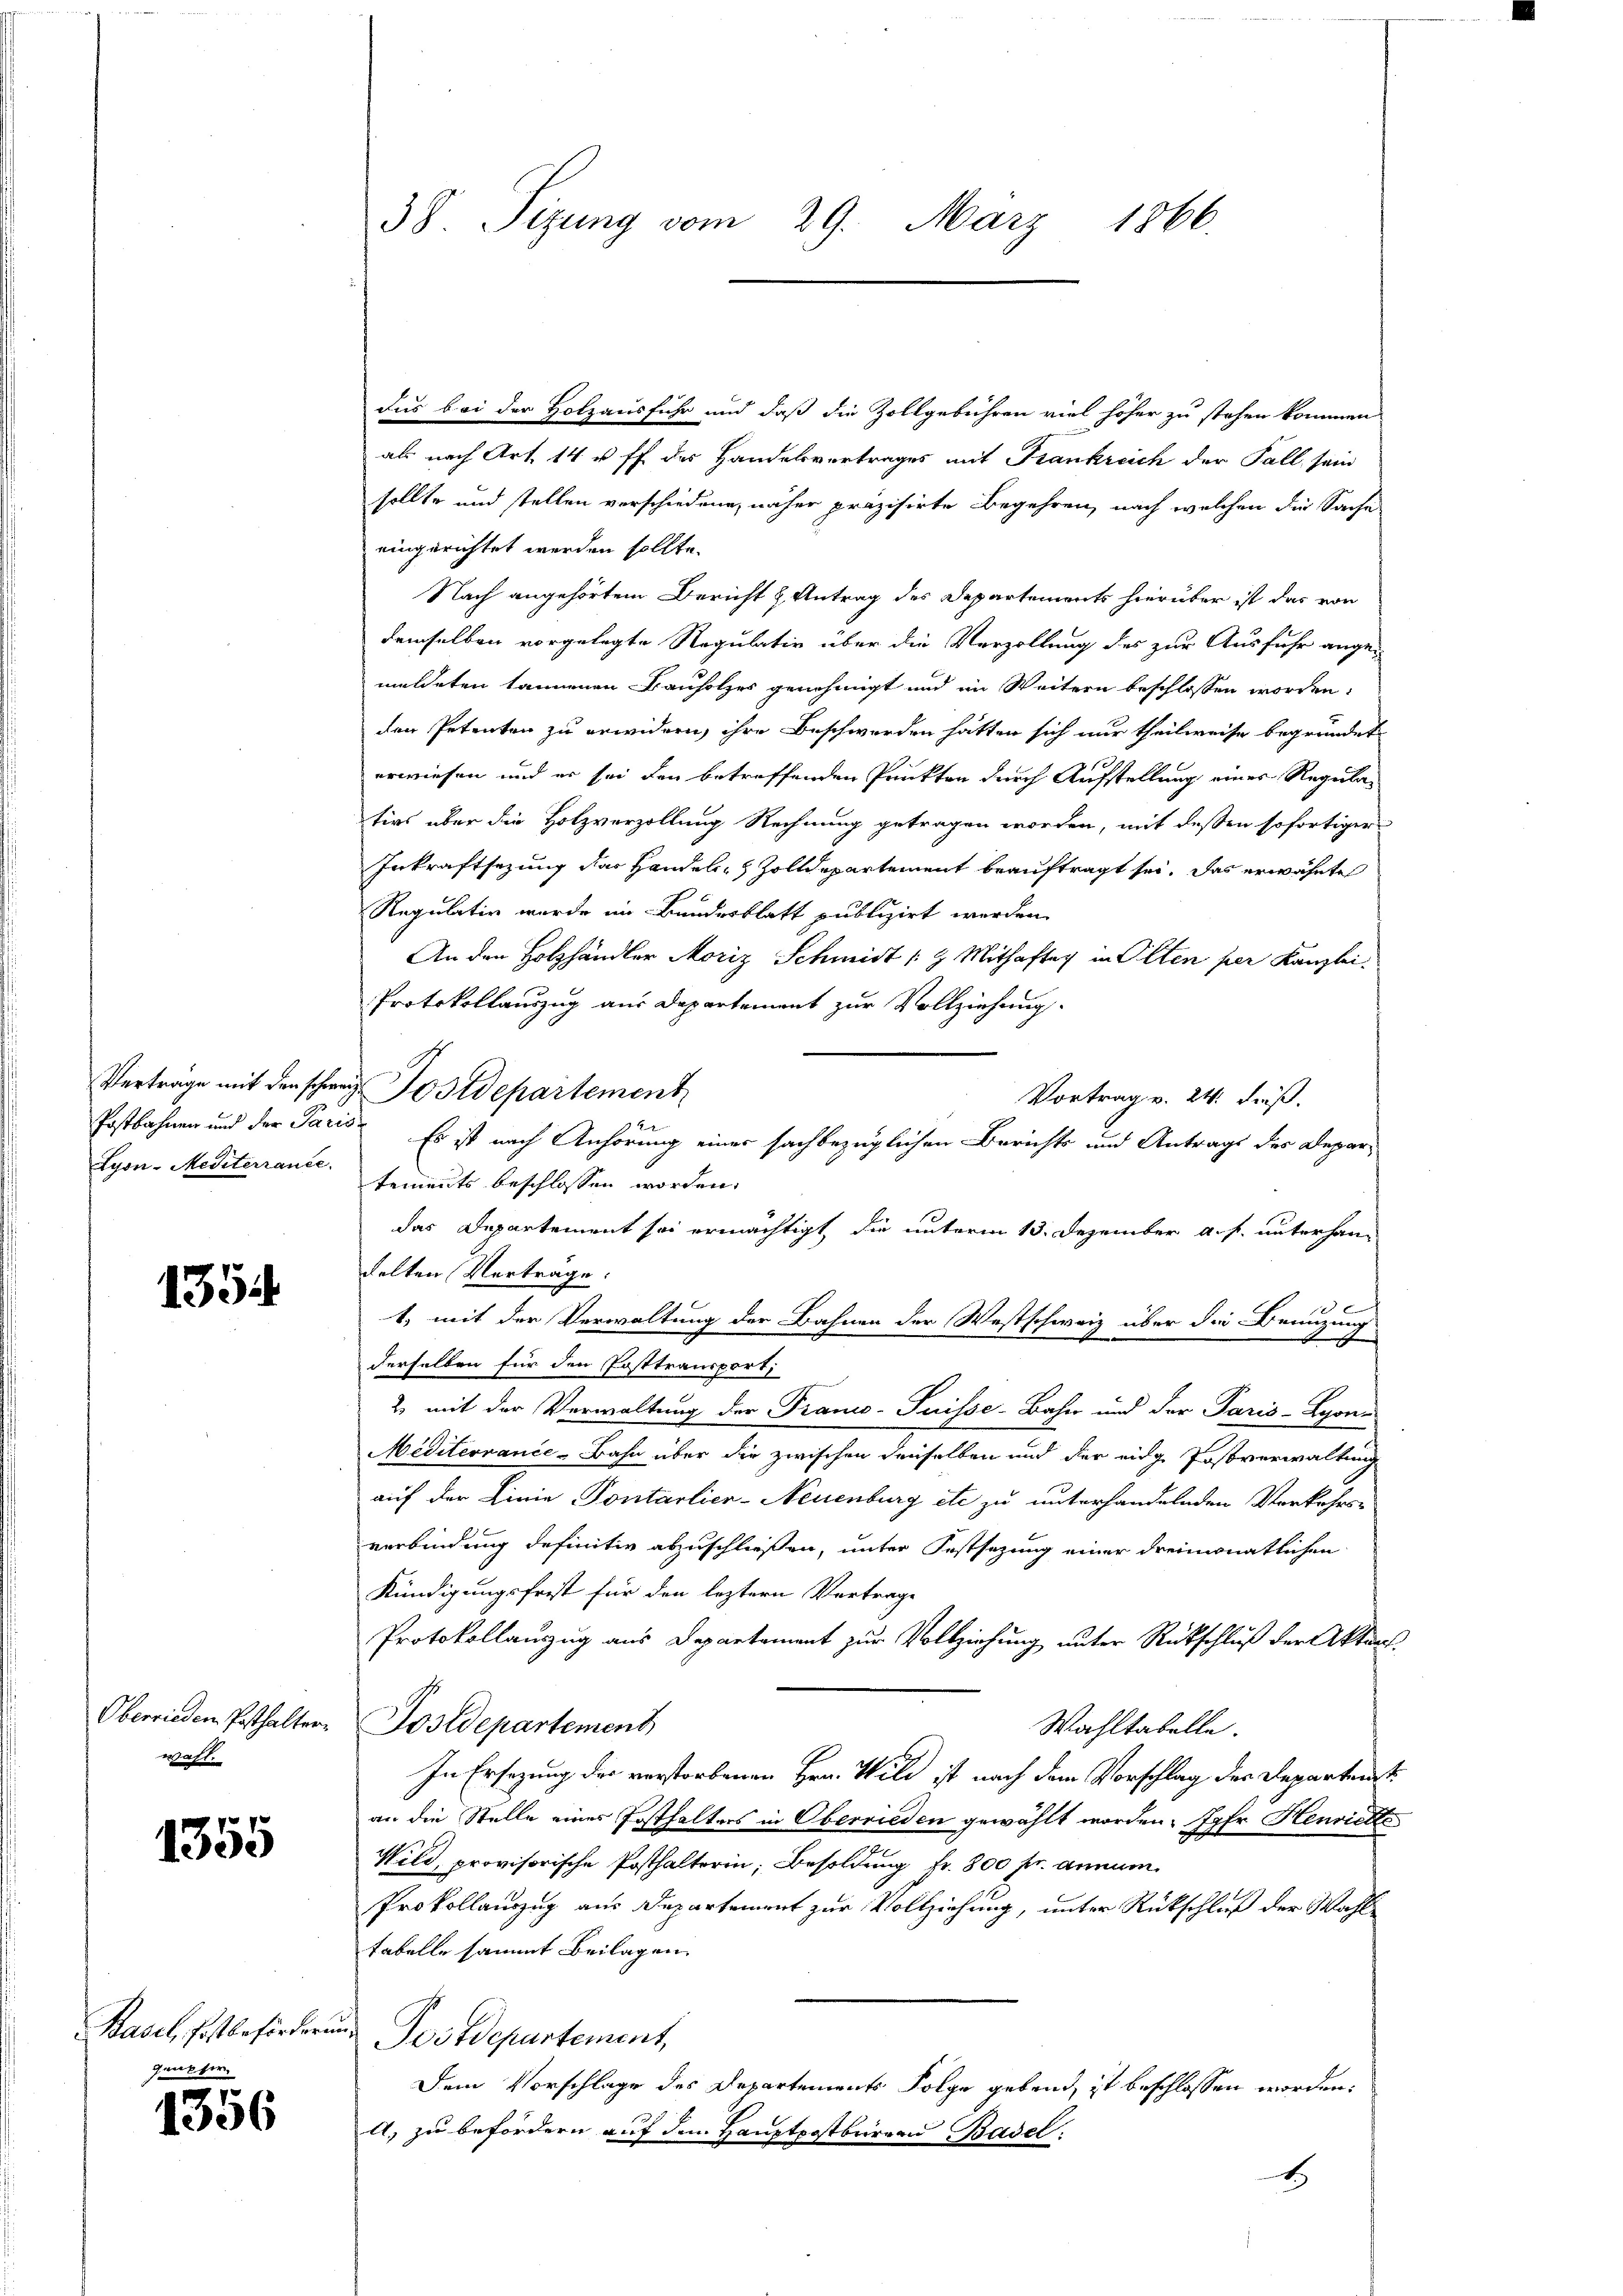
Vertrage mit den schweiz.
Postbahnen und der Paris
Lyon-Mediterrante

1354

Oberrieden Posthalterwahl.

1355

Basel, Post befördern
gunster

1356

38 Sizung vom 29. März 1866.

dus bei der Holzausführ und daß die Zollgebühren viel höher zu stehen kommen
als nach Art. 14 u. ff des Handelsvertrages mit Frankreich der Fall sein
sollte und stellen verschiedene, näher präzisirte Begehren, nach welchen die Sache
eingerichtet werden sollte.
Nach angehörtem Bericht & Antrag des Departements hierüber ist das von
demselben vorgelegte Regulativ über die Verzollung des zur Ausfuhr ange-
meldeten könnenen Bauholzes genehmigt und im Weitern beschlossen worden:
den Petenten zu erwidern, ihre Beschwerden hätten sich nur theilweise begründet
erwiesen und er sei den betreffenden Punkten durch Aufstellung einer Regula
tirs über die Holzverzollung Rechnung getragen worden, mit dessen sofortiger
Inkraftsezung das Handel, Zolldepartement beauftragt sei. Das erwähnte
Regulativ wurde im Bundesblatt publizirt werden.
An den Holzhändler Moriz Schmidt / 9 Mithaftag in Olten per Kanzlei
Protokollauszug aus Departement zur Vollziehung.
Tostdepartement
Vortrag v. 24. Fuß.
2
Es ist nach Anhörung einer sachbezüglichen Berichts und Antrags des Departements beschlossen worden,
das Departement sei ermächtigt, die unterm 13. Dezember a. f. unterhandelten Verträge.
10
1. mit der Verwaltung der Bahnen der Westschweiz über die Benuzung
derselben für den Posttransport;
2 mit der Verwaltung der Franco- Puisse-Bahn und der Paris-Lyon
Meditervance-Bahn über die zwischen denselben und der eidge Postverwaltung
auf der Linie Pontarlier-Neuenburg etc zu unterhandelnden Verkehrsverbindung definitiv abzuschließen, unter Festsezung einer dreimonatlichen
Kündigungsfrist für den leztern Vertrage
Protokollauzug aus Departement zur Vollziehung unter Rückschluß der Aktens.
Postdepartement
Wahltabelle.
In Ersezung der vorstorbenen Hrn. Wild ist nach dem Vorschlag der Departenst
an die Stelle eines Posthalters in Oberrieden gewählt worden. Jahr Henrielle
Wild, provisorische Posthalterin, Besoldung fr. 800 fr. annum
Prokollauszug aus Departement zur Vollziehung, unter Rückschluß der Wahltabelle sammt Beilagen
Postdepartement,
Dem Vorschlage des Departements Folge gebend, ist beschlossen worden.
A. zu befördern auf dem Hauptpostbrierau Basel:
x